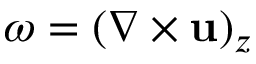
\omega = ( \nabla \times \mathbf { u } ) _ { z }